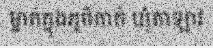
ម្នាក់ក្នុងភូមិកាក់ ឃុំតាឡាវ